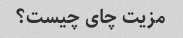
مزیت چای چیست؟